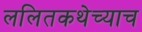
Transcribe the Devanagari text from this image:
ललितकथेच्याच